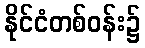
နိုင်ငံတစ်ဝန်း၌